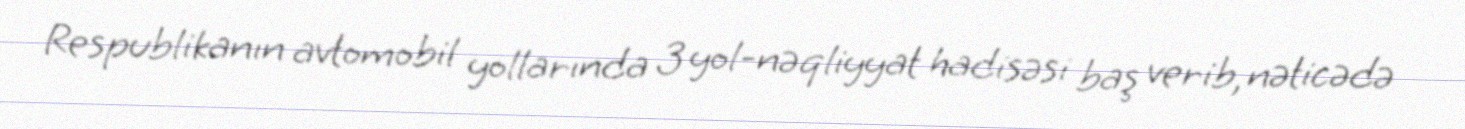
Respublikanın avtomobil yollarında 3 yol-nəqliyyat hadisəsi baş verib, nəticədə